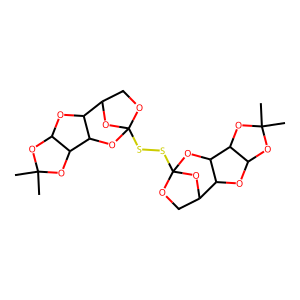
SMILES: CC1(C)OC2OC3C4COC(SSC56OCC(O5)C5OC7OC(C)(C)OC7C5O6)(O4)OC3C2O1
Inhibits HIV replication: No